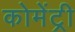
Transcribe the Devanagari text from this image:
कोमेंट्री